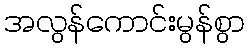
အလွန်ကောင်းမွန်စွာ